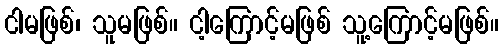
ငါမဖြစ်၊ သူမဖြစ်။ ငါ့ကြောင့်မဖြစ် သူ့ကြောင့်မဖြစ်။